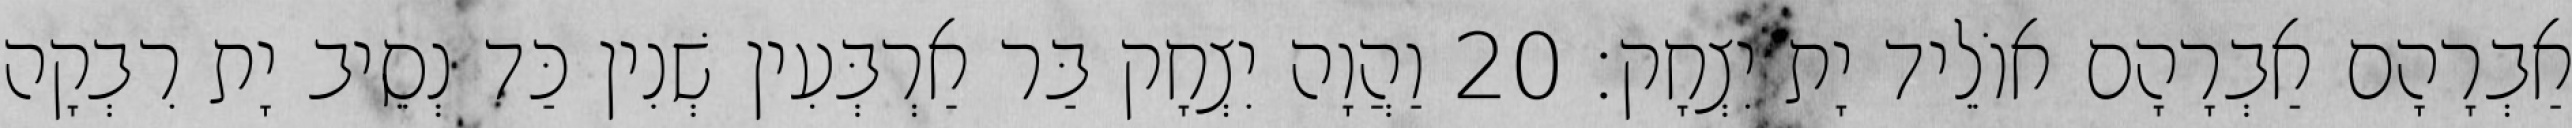
אַבְרָהָם אַבְרָהָם אוֹלֵיד יָת יִצְחָק׃ 20 וַהֲוָה יִצְחָק בַּר אַרְבְּעִין שְׁנִין כַּד נְסֵיב יָת רִבְקָה